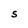
Character: S